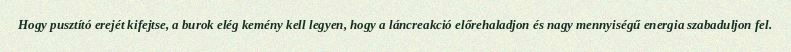
Hogy pusztító erejét kifejtse, a burok elég kemény kell legyen, hogy a láncreakció előrehaladjon és nagy mennyiségű energia szabaduljon fel.